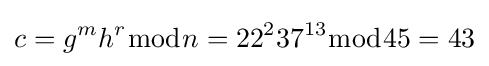
c=g^{m}h^{r}{\bmod {n}}=22^{2}37^{13}{\bmod {4}}5=43